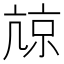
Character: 𡮎